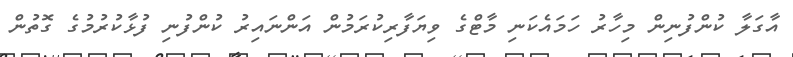
އާގަލާ ކުންފުނިން މިހާރު ހަމައެކަނި މާޓްގެ ވިޔަފާރިކުރަމުން އަންނައިރު ކުންފުނި ފުޅާކުރުމުގެ ގޮތުން